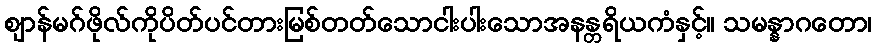
ဈာန်မဂ်ဖိုလ်ကိုပိတ်ပင်တားမြစ်တတ်သောငါးပါးသောအနန္တရိယကံနှင့်။ သမန္နာဂတော၊